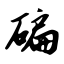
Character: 碥